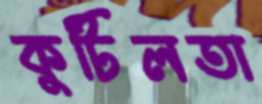
কুটিলতা